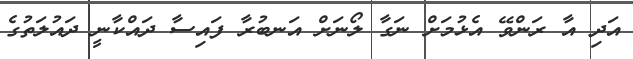
އަދި އާ ރަންވޭ އެޅުމަށް ނަގާ ލޯނަށް އަނބުރާ ފައިސާ ދައްކާނީ ދައުލަތުގެ